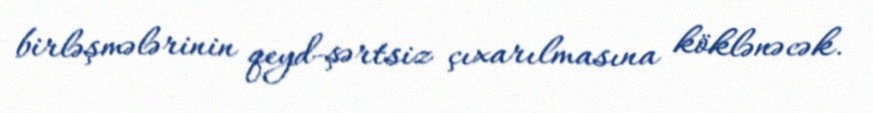
birləşmələrinin qeyd-şərtsiz çıxarılmasına köklənəcək.